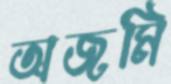
অজমি